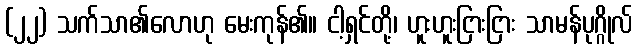
(၂၂) သက်သာ၏လောဟု မေးကုန်၏။ ငါ့ရှင်တို့၊ ဟူးဟူးငြားငြား သာမန်ပုဂ္ဂိုလ်